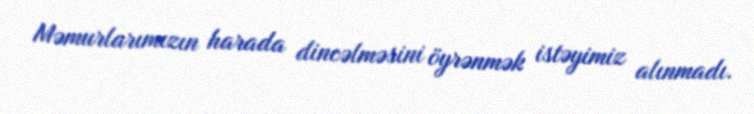
Məmurlarımızın harada dincəlməsini öyrənmək istəyimiz alınmadı.